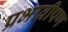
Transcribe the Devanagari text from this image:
प्रभावीपण